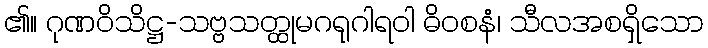
၏။ ဂုဏဝိသိဋ္ဌ-သဗ္ဗသတ္ထုမဂရုဂါရဝါ ဓိဝစနံ၊ သီလအစရှိသော